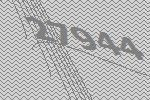
27944